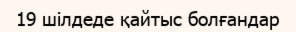
19 шілдеде қайтыс болғандар